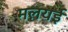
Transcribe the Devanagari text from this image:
मलयई